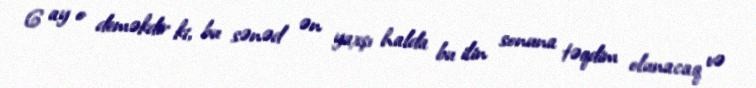
6 ay o deməkdir ki, bu sənəd ən yaxşı halda bu ilin sonuna təqdim olunacaq və